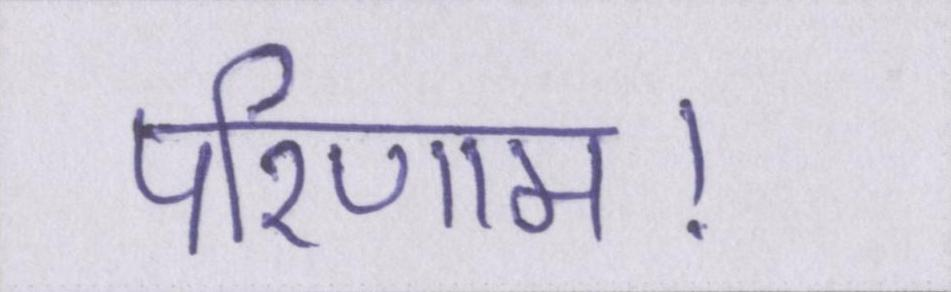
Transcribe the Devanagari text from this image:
परिणाम।